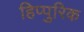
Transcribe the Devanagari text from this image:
हिप्पुरिक